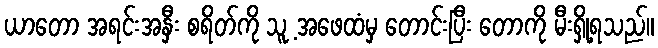
ယာတော အရင်းအနှီး စရိတ်ကို သူ့ အဖေထံမှ တောင်းပြီး တောကို မီးရှို့ရသည်။